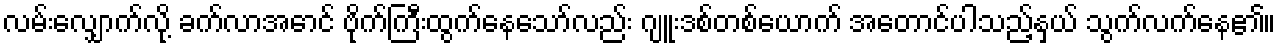
လမ်းလျှောက်လို့ ခက်လာအောင် ဗိုက်ကြီးထွက်နေသော်လည်း ဂျူးဒစ်တစ်ယောက် အတောင်ပါသည့်နှယ် သွက်လက်နေ၏။